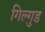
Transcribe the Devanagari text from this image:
गिल्गुड